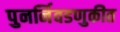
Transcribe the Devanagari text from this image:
पुनर्निवडणुकीत